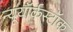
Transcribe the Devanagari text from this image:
न्यूयॉर्कस्टॉक